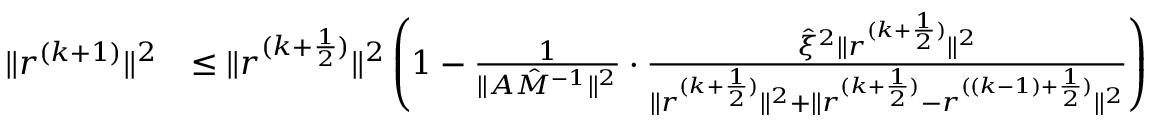
\begin{array} { r l } { \| r ^ { ( k + 1 ) } \| ^ { 2 } } & { \le \| r ^ { ( k + \frac { 1 } { 2 } ) } \| ^ { 2 } \left( 1 - \frac { 1 } { \| A \hat { M } ^ { - 1 } \| ^ { 2 } } \cdot \frac { \hat { \xi } ^ { 2 } \| r ^ { ( k + \frac { 1 } { 2 } ) } \| ^ { 2 } } { \| r ^ { ( k + \frac { 1 } { 2 } ) } \| ^ { 2 } + \| r ^ { ( k + \frac { 1 } { 2 } ) } - r ^ { ( ( k - 1 ) + \frac { 1 } { 2 } ) } \| ^ { 2 } } \right) } \end{array}